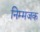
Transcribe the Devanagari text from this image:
निम्मजक